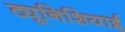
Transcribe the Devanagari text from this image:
ट्यूनिशियाई